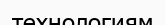
технологиям